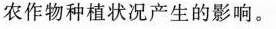
农作物种植状况产生的影响。